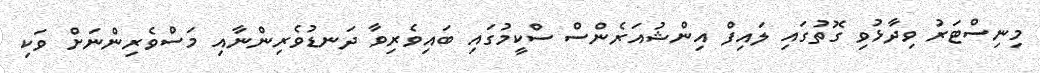
މިނިސްޓަރު ވިދާޅުވި ގޮތުގައި ލައިފް އިންޝުއަރެންސް ސްކީމުގައި ބައިވެރިވާ ދަނޑުވެރިންނާއި މަސްވެރިންނަށް ވަކި